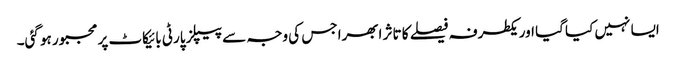
ایسا نہیں کیا گیا اور یکطرفہ فیصلے کا تاثر ابھرا جس کی وجہ سے پیپلز پارٹی بائیکاٹ پر مجبور ہو گئی۔